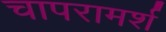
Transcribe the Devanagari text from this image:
चापरामर्श